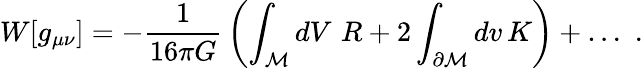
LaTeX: W[g_{\mu\nu}]=-{\frac{1}{16\pi G}}\left(\int_{\cal M}dV\, \, R+2\int_{\partial{\cal M}}dv\, K\right)+\ldots\, \, .